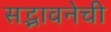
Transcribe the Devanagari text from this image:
सद्भावनेची